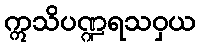
ဣသိပဏ္ဍရသဝှယ